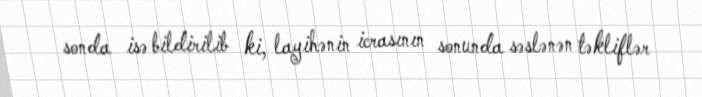
sonda isə bildirilib ki, layihənin icrasının sonunda səslənən təkliflər